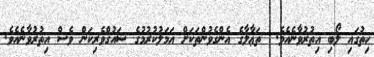
ހިތުގައި ލޯބި އިތުރުވާނެއެވެ.  ތަޢާލާގެ އެންގެވުންތަކަށް އަމަލުކުރުމުގެ ޝައުޤްވެރިކަން ވެސް އިތުރުވާނެއެވެ.